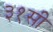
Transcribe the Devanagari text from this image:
३१सी